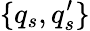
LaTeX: \{ q_{s},q_{s}^{\prime}\}